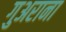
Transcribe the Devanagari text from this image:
गुअराना